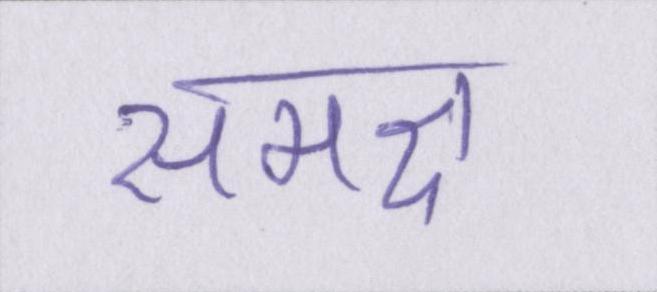
समक्ष